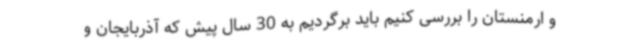
و ارمنستان را بررسی کنیم باید برگردیم به 30 سال پیش که آذربایجان و